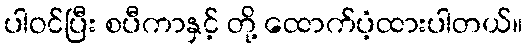
ပါဝင်ပြီး စပီကာနှင့် တို့ ထောက်ပံ့ထားပါတယ်။